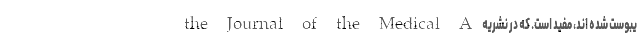
یبوست شده اند، مفید است. که در نشریه the Journal of the Medical A